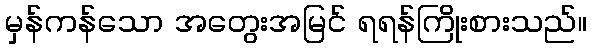
မှန်ကန်သော အတွေးအမြင် ရရန်ကြိုးစားသည်။